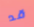
قد